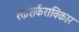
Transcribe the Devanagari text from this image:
रक्तशर्कराविकार